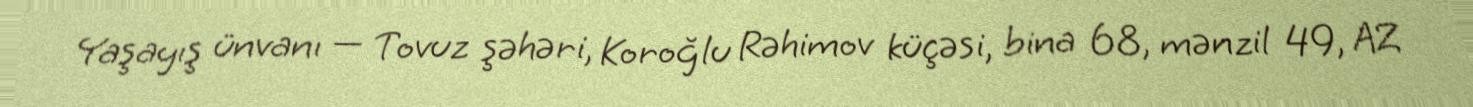
Yaşayış ünvanı — Tovuz şəhəri, Koroğlu Rəhimov küçəsi, bina 68, mənzil 49, AZ